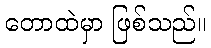
တောထဲမှာ ဖြစ်သည်။